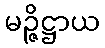
မဉ္ဇိဋ္ဌာယ